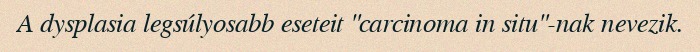
A dysplasia legsúlyosabb eseteit "carcinoma in situ"-nak nevezik.